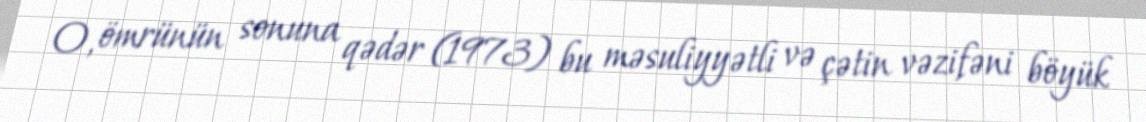
O, ömrünün sonuna qədər (1973) bu məsuliyyətli və çətin vəzifəni böyük